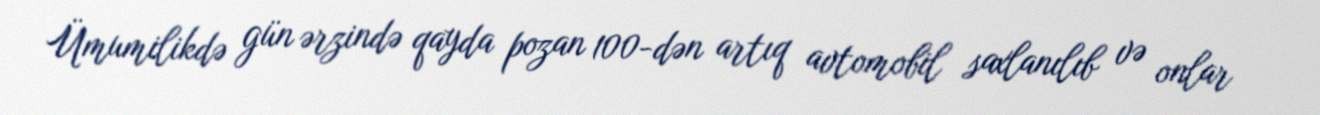
Ümumilikdə gün ərzində qayda pozan 100-dən artıq avtomobil saxlanılıb və onlar